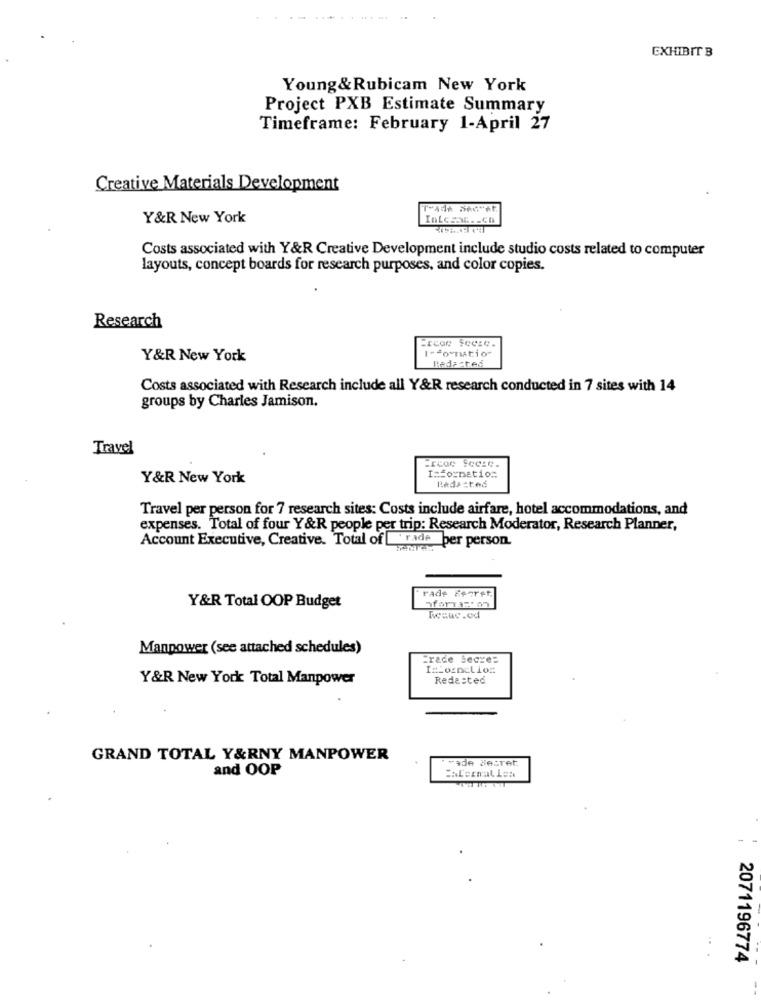
EXHIBIT B
Young& Rubicam New York
Project PXB Estimate Summary
Timeframe: February 1-April 27
Creative Materials Development
Y&R New York
Intesal. - Ch
Costs associated with Y&R Creative Development include studio costs related to computer
layouts, concept boards for research purposes, and color copies.
Research
I-formatio"
Y&R New York
Costs associated with Research include all Y&R research conducted in 7 sites with 14
groups by Charles Jamison.
Travel
Y&R New York
Information
Radasted
Travel per person for 7 research sites: Costs include airfare, hotel accommodations, and
expenses. Total of four Y&R people per trip: Research Moderator, Research Planner,
Account Executive, Creative. Total of rade per person.
rade Feeret,
Y&R Total OOP Budget
Resuc .od
Manpower (see attached schedules)
Frede secre=
I=Loanclio:
Y&R New York Total Manpower
Redested
GRAND TOTAL Y&RNY MANPOWER
vade Secret
and OOP
2071196774
-.